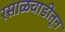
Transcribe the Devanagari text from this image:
रसाळवाडीतून